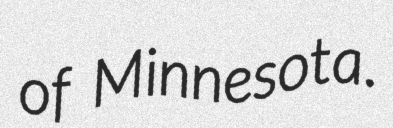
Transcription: of Minnesota.